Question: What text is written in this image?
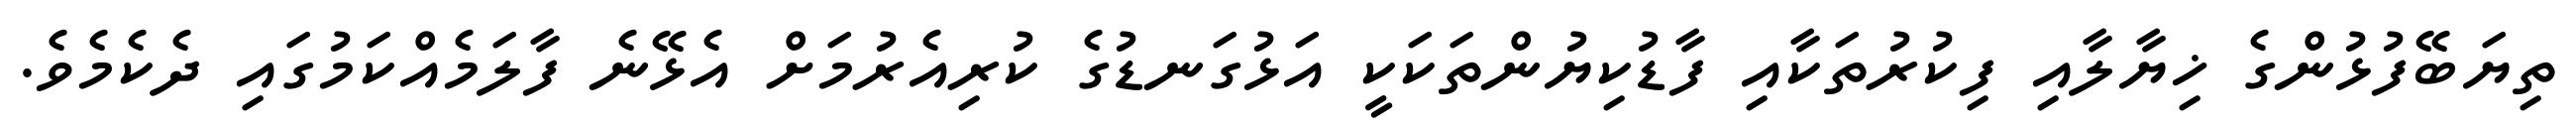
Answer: ތިޔަބޭފުޅުންގެ ޚިޔާލާއި ފިކުރުތަކާއި ފާޑުކިޔުންތަކަކީ އަޅުގަނޑުގެ ކުރިއެރުމަށް އެޅޭނެ ފާލަމެއްކަމުގައި ދެކެމެވެ.